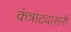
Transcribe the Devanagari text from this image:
कंत्राटदारांनी